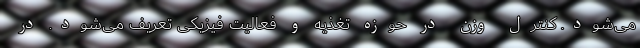
می‌شود. کنترل وزن در حوزه تغذیه و فعالیت فیزیکی تعریف می‌شود. در